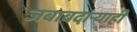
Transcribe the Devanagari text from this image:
जबाबदाऱ्याही